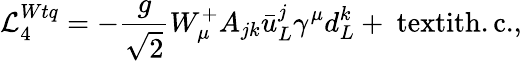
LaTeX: {\mathcal{L}}_{4}^{Wtq}=-\frac{g}{\sqrt{2}}W_{\mu}^{+}A_{jk}\bar{u}_{L}^{j}\gamma^{\mu}d_{L}^{k}+\mathrm{\ textit{h.c.}},